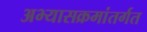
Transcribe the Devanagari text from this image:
अभ्यासक्रमांतर्गत